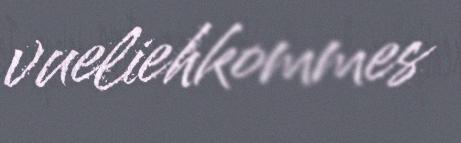
vueliehkommes